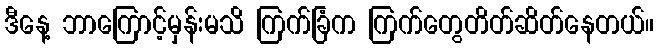
ဒီနေ့ ဘာကြောင့်မှန်းမသိ ကြက်ခြံက ကြက်တွေတိတ်ဆိတ်နေတယ်။